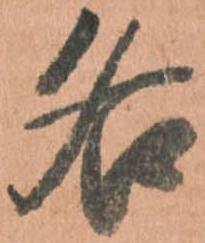
各